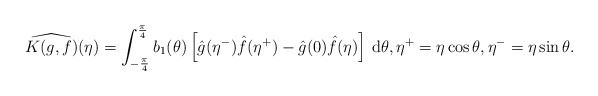
\begin{align*}\widehat{K(g,f)}(\eta) = \int_{-\frac{\pi}{4}}^{\frac{\pi}{4}} b_1(\theta) \left[ \hat{g}(\eta^-)\hat{f}(\eta^+) - \hat{g}(0) \hat{f}(\eta)\right] \,\mathrm{d}\theta, \eta^+ = \eta \cos\theta, \eta^- = \eta \sin\theta.\end{align*}